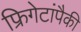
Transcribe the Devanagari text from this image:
फ्रिगेटांपैकी